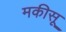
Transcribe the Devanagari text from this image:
मकीसू